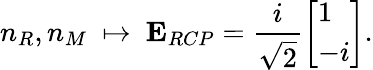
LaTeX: n_{R},n_{M}\ \mapsto\ \mathbf{{E}}_{RCP}=\frac{i}{\sqrt{2}}\left[\begin{array}{l}{1}\\ {-i}\end{array}\right].